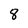
Character: 8